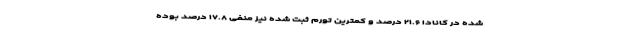
شده در کانادا ۲۱.۶ درصد و کمترین تورم ثبت شده نیز منفی ۱۷.۸ درصد بوده